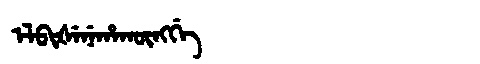
Manchu: ᡝᠯᠪᡳᡧᡝᠨᡝᡥᠠᡴᡡᠩᡤᡝ
Romanization: ELBIŠENEHAKŪNGGE